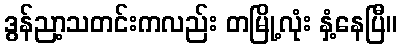
ဒွန်ညာ့သတင်းကလည်း တမြို့လုံး နှံ့နေပြီ။